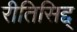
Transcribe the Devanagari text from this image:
रीतिसिद्द्